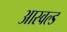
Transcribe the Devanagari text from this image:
आस्वल्ड